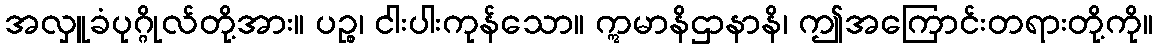
အလှူခံပုဂ္ဂိုလ်တို့အား။ ပဉ္စ၊ ငါးပါးကုန်သော။ ဣမာနိဌာနာနိ၊ ဤအကြောင်းတရားတို့ကို။